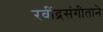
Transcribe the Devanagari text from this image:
रवींद्रसंगीताने